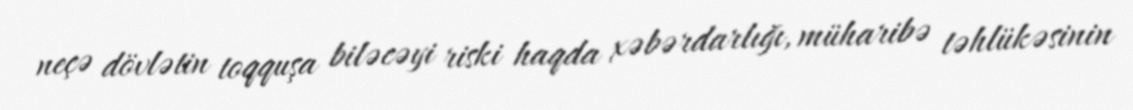
neçə dövlətin toqquşa biləcəyi riski haqda xəbərdarlığı, müharibə təhlükəsinin